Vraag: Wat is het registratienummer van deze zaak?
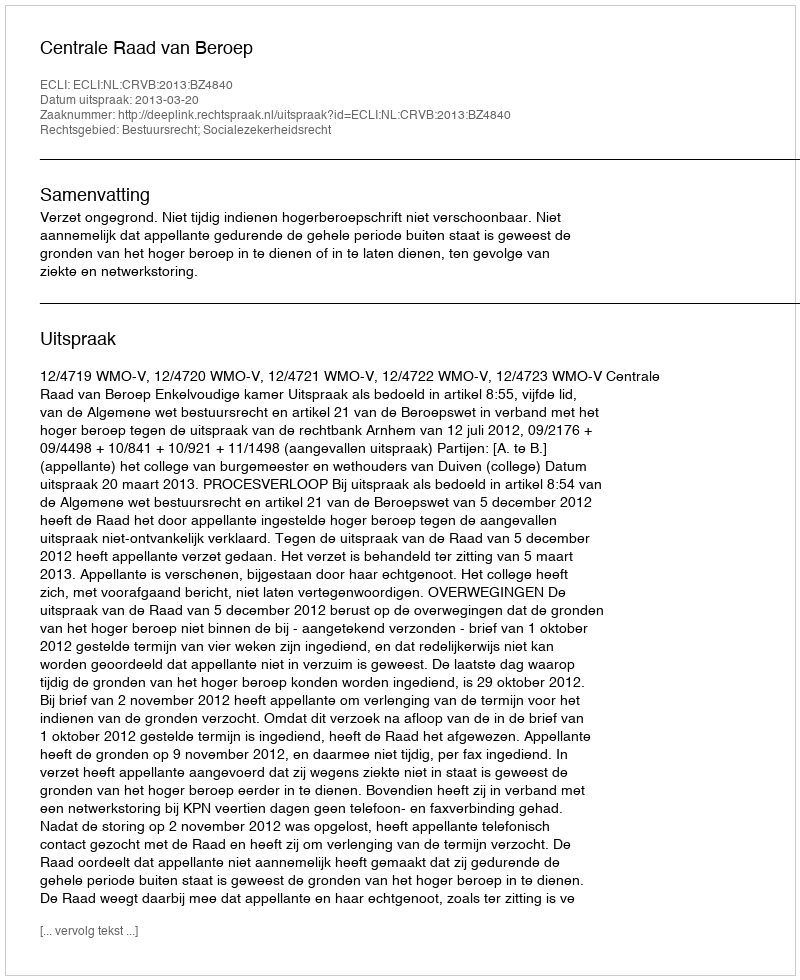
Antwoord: http://deeplink.rechtspraak.nl/uitspraak?id=ECLI:NL:CRVB:2013:BZ4840